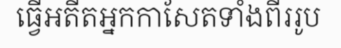
ធ្វើអតីតអ្នកកាសែតទាំងពីររូប